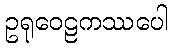
ဥရုဝေဠကဿပေါ